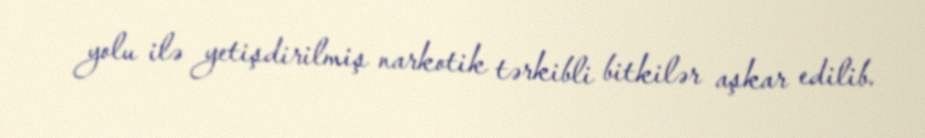
yolu ilə yetişdirilmiş narkotik tərkibli bitkilər aşkar edilib.